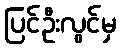
ပြင်ဦးလွင်မှ